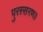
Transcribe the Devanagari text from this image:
पुरस्सरण।